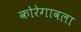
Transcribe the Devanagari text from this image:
कोरेगावला